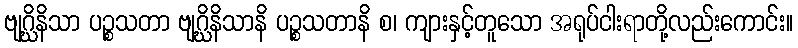
ဗျဂ္ဃိနိသာ ပဉ္စသတာ ဗျဂ္ဃိနိသာနိ ပဉ္စသတာနိ စ၊ ကျားနှင့်တူသော အရုပ်ငါးရာတို့လည်းကောင်း။